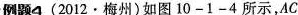
例题4 (2012\odot 梅州)如图10-1-4所示，AC